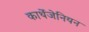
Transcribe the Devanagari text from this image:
कार्थेजेनियन